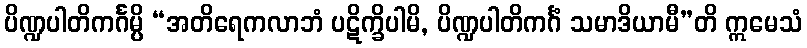
ပိဏ္ဍပါတိကင်္ဂမ္ပိ “အတိရေကလာဘံ ပဋိက္ခိပါမိ, ပိဏ္ဍပါတိကင်္ဂံ သမာဒိယာမီ”တိ ဣမေသံ